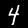
Digit: 4